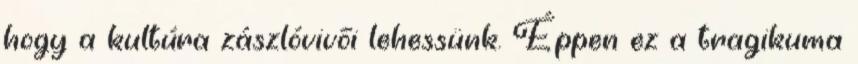
hogy a kultúra zászlóvivői lehessünk. Éppen ez a tragikuma